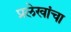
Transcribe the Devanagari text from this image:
प्रलेखांचा